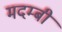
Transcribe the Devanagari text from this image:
मदम्बी